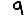
Digit: 9